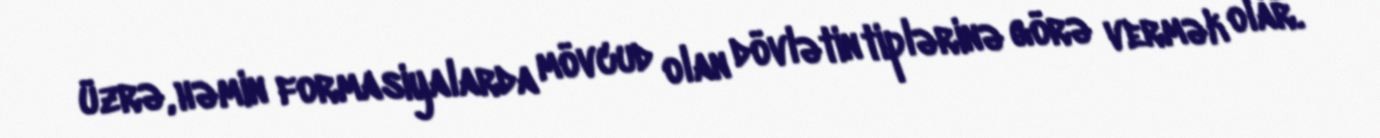
üzrə, həmin formasiyalarda mövcud olan dövlətin tiplərinə görə vermək olar.